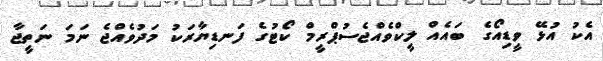
އެކު އުޅޭ ވީޑިއޯގެ ބައެއް ލީކްވެއްޖެސުޕްރީމް ކޯޓުގެ ފަނޑިޔާރަކު މަދުވެއްޖެ ނަމަ ނަތީޖާ